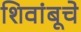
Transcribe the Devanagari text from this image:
शिवांबूचे